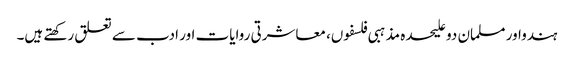
ہندواور مسلمان دو علیحدہ مذہبی فلسفوں، معاشرتی روایات اور ادب سے تعلق رکھتے ہیں۔